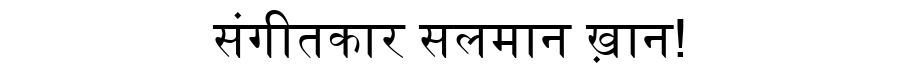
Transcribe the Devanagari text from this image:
संगीतकार सलमान ख़ान!